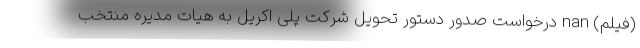
(فیلم) nan درخواست صدور دستور تحویل شرکت پلی اکریل به هیات مدیره منتخب